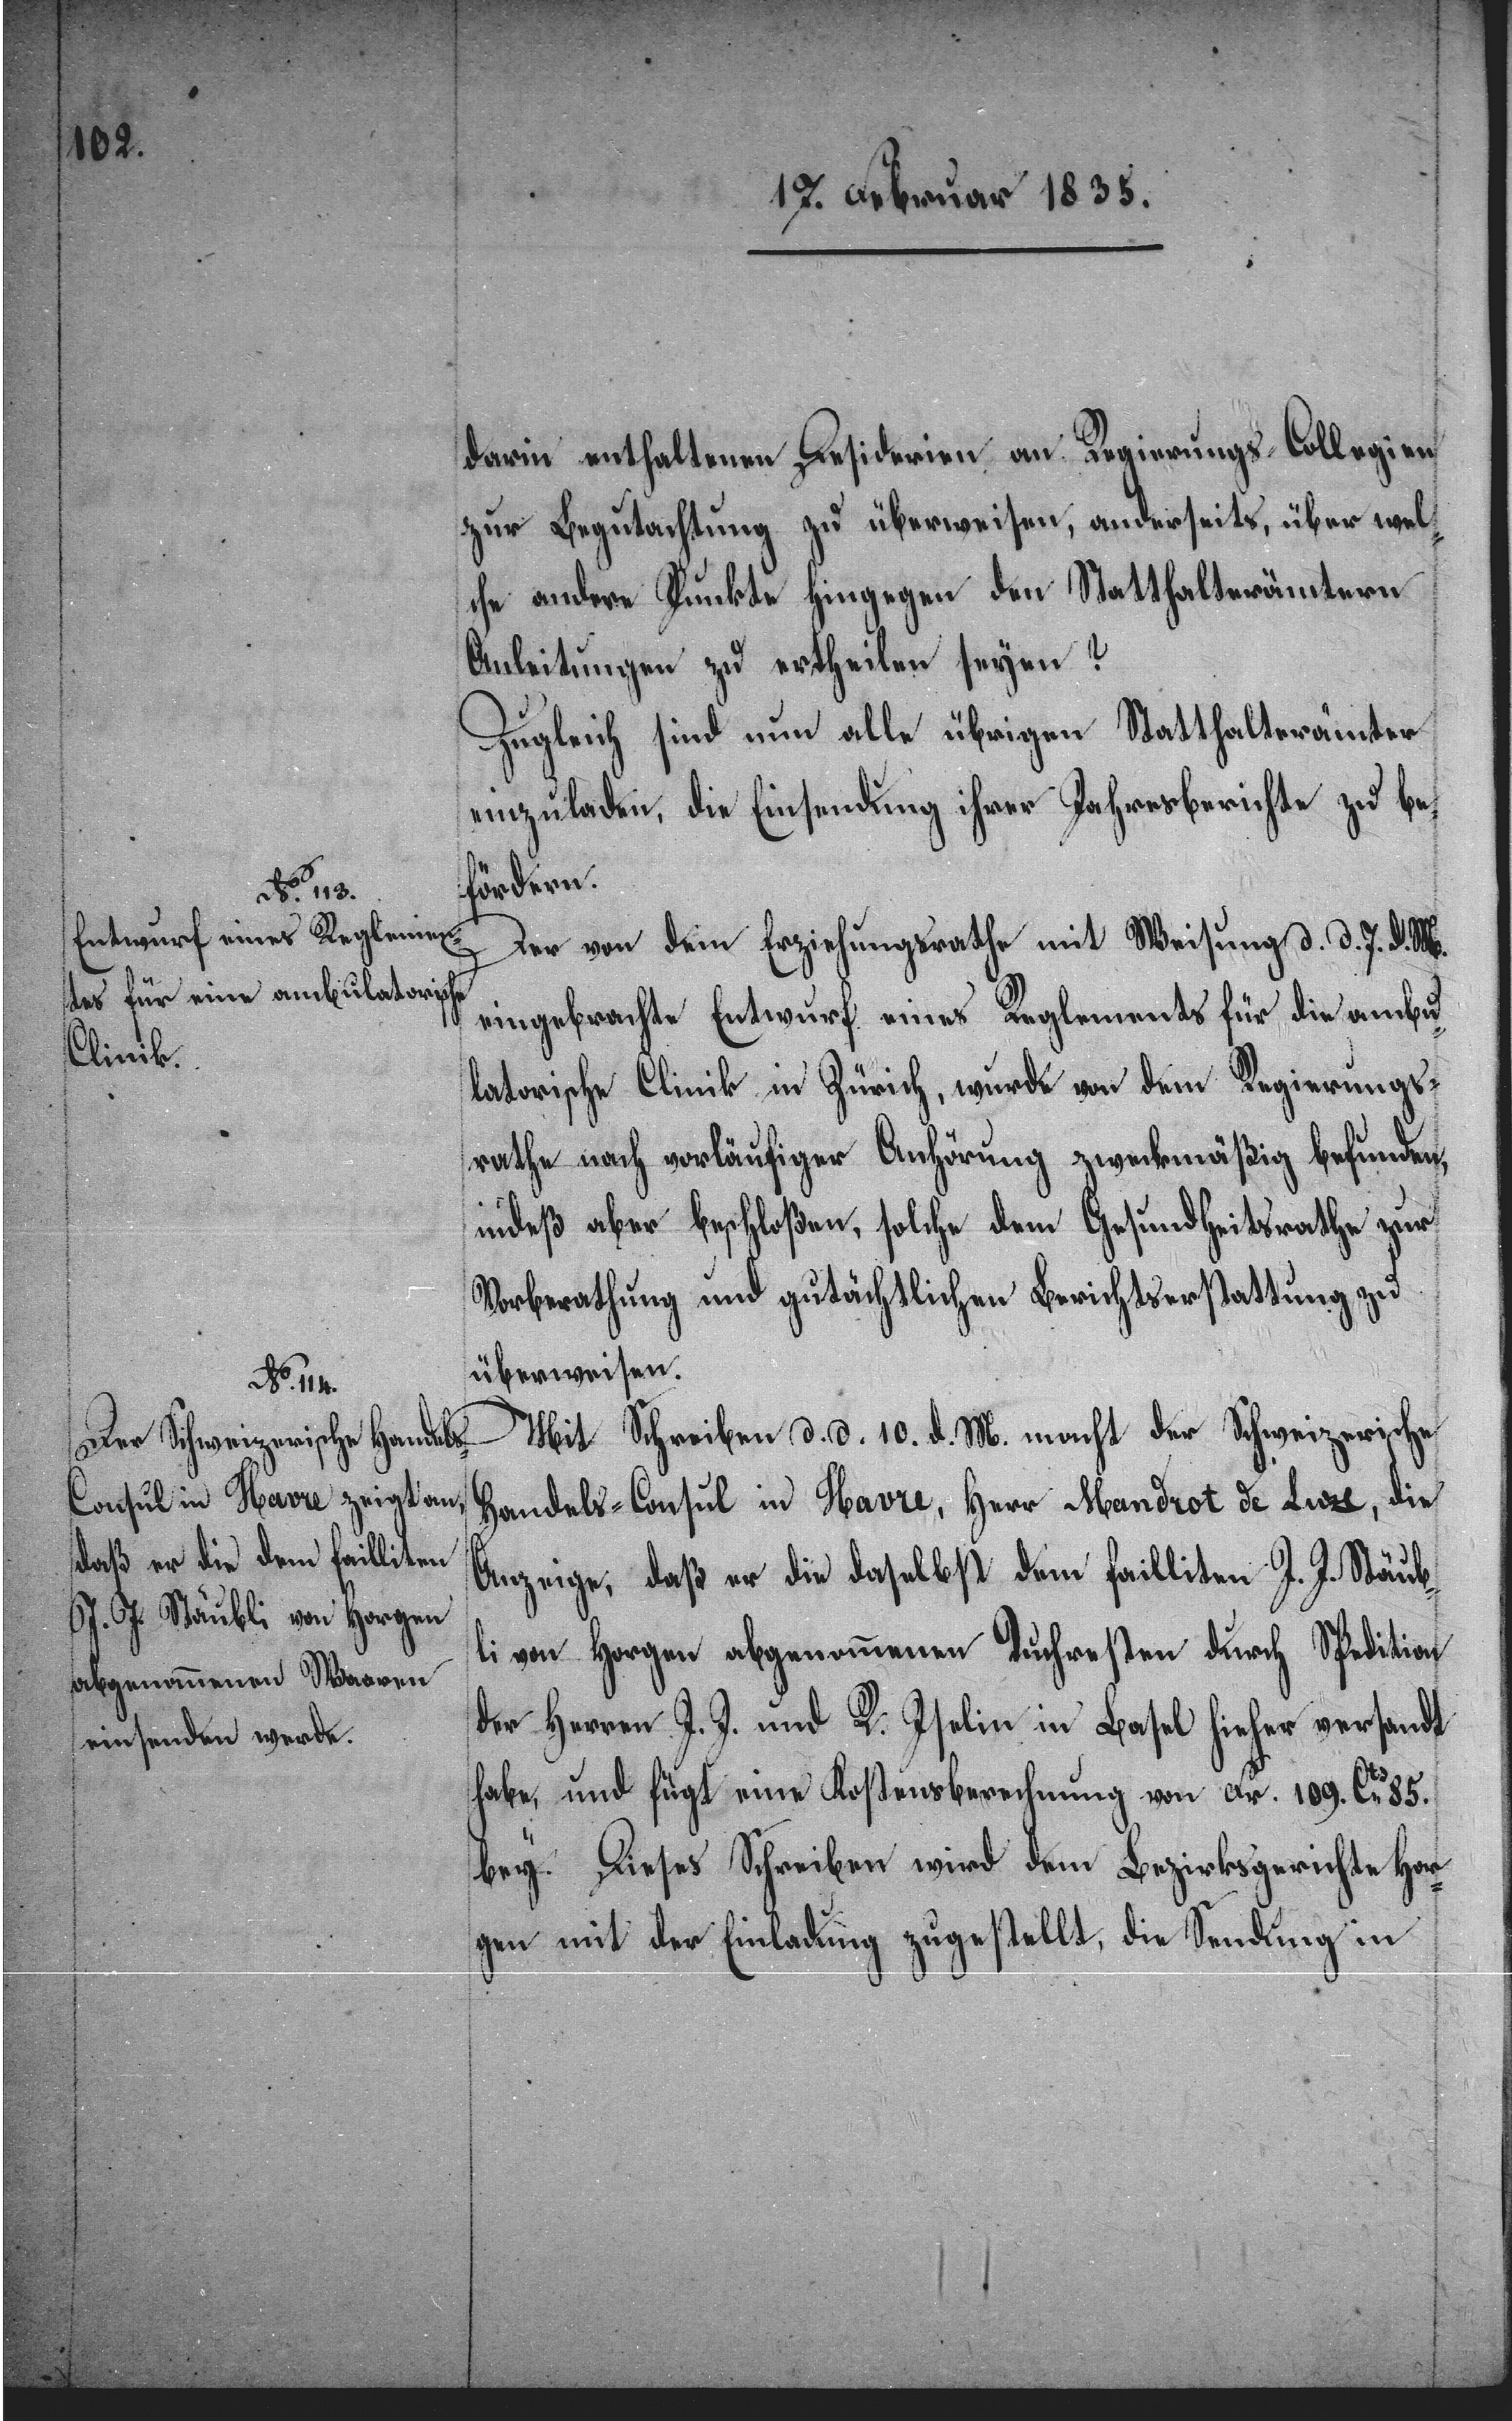
darin enthaltenen Desiderien an Regierungs-Collegien
zur Begutachtung zu überweisen, anderseits, über welc¬
he andern Punkte hingegen den Statthalterämtern
Anleitungen zu ertheilen seyen?
Zugleich sind nun alle übrigen Statthalterämter
einzuladen, die Einsendung ihrer Jahresberichte zu be¬
fördern.
Der von dem Erziehungsrathe mit Weisung d. d. 7. d. M.
eingebrachte Entwurf eines Reglements für die ambu¬
latorische Clinik in Zürich, wurde von dem Regierungs¬
rathe nach vorläufiger Anhörung zweckmäßig befunden,
indeß aber beschloßen, solche dem Gesundheitsrathe zur
Vorberathung und gutächtlichen Berichtserstattung zu
überweisen.
Mit Schreiben d. d. 10. d. M. macht der Schweizerische
Handels-Consul in Havre, Herr Mandrot de Luze, die
Anzeige, daß er die daselbst dem failliten J. J. Stäub¬
li von Horgen abgenommenen Tuchresten durch Spedition
der Herren J. J. und R. Iselin in Basel hieher versandt
habe, und fügt eine Kostenberechnung von Fr. 109. Cts 85.
bey. Dieses Schreiben wird dem Bezirksgerichte Hor¬
gen mit Einladung zugestellt, die Sendung in